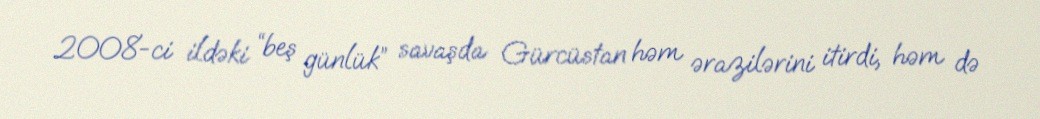
2008-ci ildəki “beş günlük” savaşda Gürcüstan həm ərazilərini itirdi, həm də